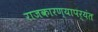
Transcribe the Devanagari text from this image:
राजकारण्यापर्यंत